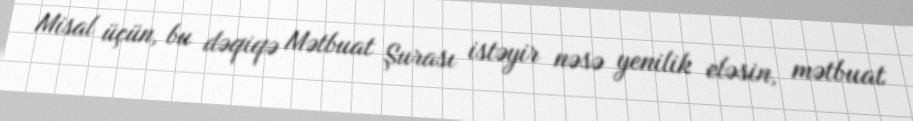
Misal üçün, bu dəqiqə Mətbuat Şurası istəyir nəsə yenilik eləsin, mətbuat